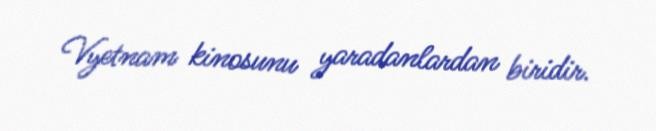
Vyetnam kinosunu yaradanlardan biridir.